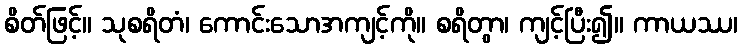
စိတ်ဖြင့်။ သုစရိတံ၊ ကောင်းသောအကျင့်ကို။ စရိတွာ၊ ကျင့်ပြီး၍။ ကာယဿ၊